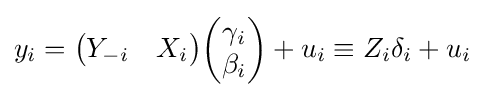
y_{i}={\begin{pmatrix}Y_{-i}&X_{i}\end{pmatrix}}{\begin{pmatrix}\gamma _{i}\\\beta _{i}\end{pmatrix}}+u_{i}\equiv Z_{i}\delta _{i}+u_{i}